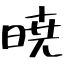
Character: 暁